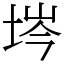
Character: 埁